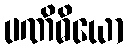
ပဏိဓိယော